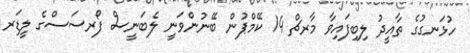
ހުޅަނގުގެ ތާއީދު ލިބިފައިވާ މާރޗް 14 ކޭމްޕުން ބޭނުންވަނީ ލެބަނީސް ފޯރސަސްގެ ލީޑަރ